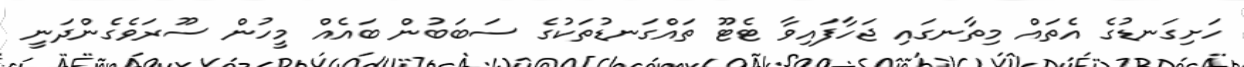
ހަށިގަނޑުގެ އެތައް މިތާނގައި ޖަހާފައިވާ ޓެޓޫ ތައްގަނޑުތަކުގެ ސަބަބުން ބައެއް މީހުން ސޫރަވެގެންދަނީ